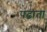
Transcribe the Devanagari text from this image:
पढाता